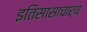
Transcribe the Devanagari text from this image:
इतिसासाचार्य